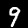
Label: 9